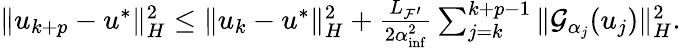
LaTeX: \begin{array}{r}{\| u_{k+p}-u^{*}\| _{{H}}^{2}\leq\| u_{k}-u^{*}\| _{{H}}^{2}+\frac{{L_{{\mathcal{F}}^{\prime}}}}{2{\alpha}_{\operatorname*{inf}}^{2}}\sum_{j=k}^{k+p-1}\| {\mathcal{G}}_{{\alpha}_{j}}(u_{j})\| _{H}^{2}.}\end{array}